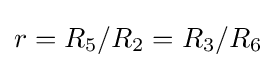
r=R_{5}/R_{2}=R_{3}/R_{6}